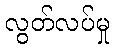
လွတ်လပ်မှု